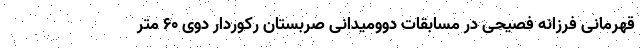
قهرمانی فرزانه فصیحی در مسابقات دوومیدانی صربستان رکوردار دوی ۶۰ متر